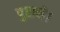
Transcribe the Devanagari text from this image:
पुराने।